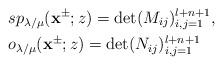
LaTeX: \begin{align*}&sp_{\lambda/\mu}(\mathbf{x}^{\pm};z)=\det(M_{ij})^{l+n+1}_{i,j=1},\\&o_{\lambda/\mu}(\mathbf{x}^{\pm};z)=\det(N_{ij})^{l+n+1}_{i,j=1}\end{align*}